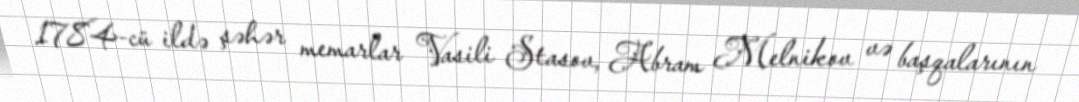
1784-cü ildə şəhər memarlar Vasili Stasov, Abram Melnikov və başqalarının